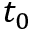
t _ { 0 }